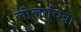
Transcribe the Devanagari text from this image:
लीलाचित्रा